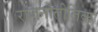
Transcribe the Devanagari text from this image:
राजनीतीतिक